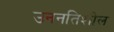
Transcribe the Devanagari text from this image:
उननतिशील